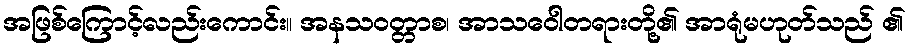
အဖြစ်ကြောင့်လည်းကောင်း။ အနသဝတ္တာစ၊ အာသဝေါတရားတို့၏ အာရုံမဟုတ်သည် ၏